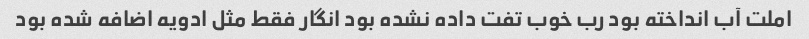
املت آب انداخته بود رب خوب تفت داده نشده بود انگار فقط مثل ادویه اضافه شده بود